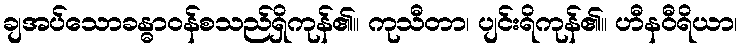
ချအပ်သောခန္ဓာဝန်စသည်ရှိကုန်၏။ ကုသီတာ၊ ပျင်းရိကုန်၏။ ဟီနဝီရိယာ၊